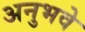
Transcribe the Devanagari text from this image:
अनुभवे